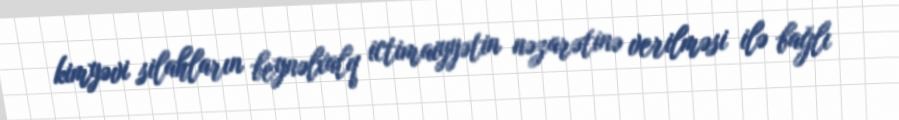
kimyəvi silahların beynəlxalq ictimaiyyətin nəzarətinə verilməsi ilə bağlı